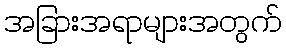
အခြားအရာများအတွက်